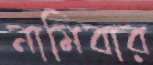
নামিবার